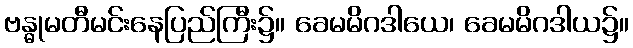
ဗန္ဓုမတီမင်းနေပြည်ကြီး၌။ ခေမမိဂဒါယေ၊ ခေမမိဂဒါယ၌။